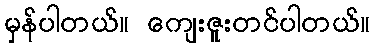
မှန်ပါတယ်။ ကျေးဇူးတင်ပါတယ်။